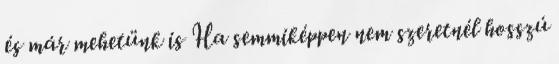
és már mehetünk is Ha semmiképpen nem szeretnél hosszú